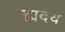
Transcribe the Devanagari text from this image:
ह्मदय